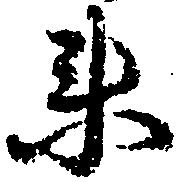
衛